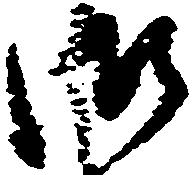
御